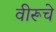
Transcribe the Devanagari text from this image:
वीरूचे